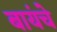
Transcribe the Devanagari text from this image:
बायंचे